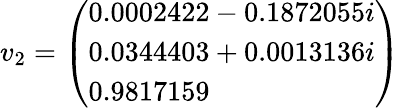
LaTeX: v_{2}={\left(\begin{array}{l}{0.0002422-0.1872055i}\\ {0.0344403+0.0013136i}\\ {0.9817159}\end{array}\right)}